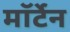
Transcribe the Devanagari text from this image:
मॉर्टेन